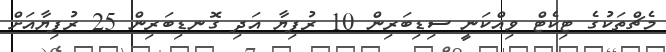
މެޗްތަކުގެ ޓިކެޓް ވިއްކަނީ ސިޑިބަރިން 10 ރުފިޔާ އަދި ގޮނޑިބަރިން 25 ރުފިޔާއަށް